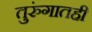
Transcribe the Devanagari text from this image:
तुरुंगातही